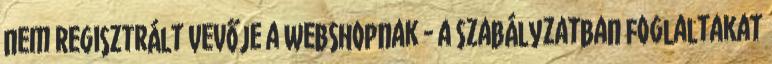
nem regisztrált Vevője a webshopnak - a Szabályzatban foglaltakat